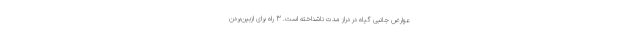
عوارض جانبی گیاه در دراز مدت ناشناخته است. 3 راه برای ازبین‌بردن